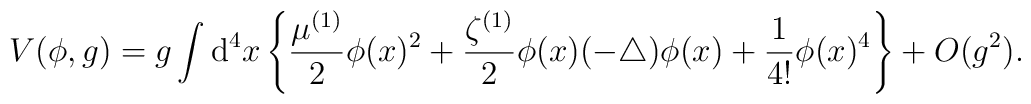
V(\phi,g)=g\int{\mathrm d}^4x\left\{\frac{\mu^{(1)}}{2}\phi(x)^2+\frac{\zeta^{(1)}}{2}\phi(x)(-\bigtriangleup)\phi(x)+\frac{1}{4!}\phi(x)^4\right\}+O(g^2).